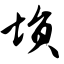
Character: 埙